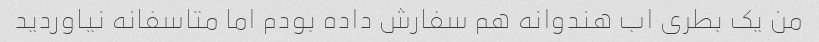
من یک بطری اب هندوانه هم سفارش داده بودم اما متاسفانه نیاوردید